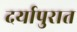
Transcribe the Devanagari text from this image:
दर्यापुरात